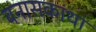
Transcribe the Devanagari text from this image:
बनासकांथा